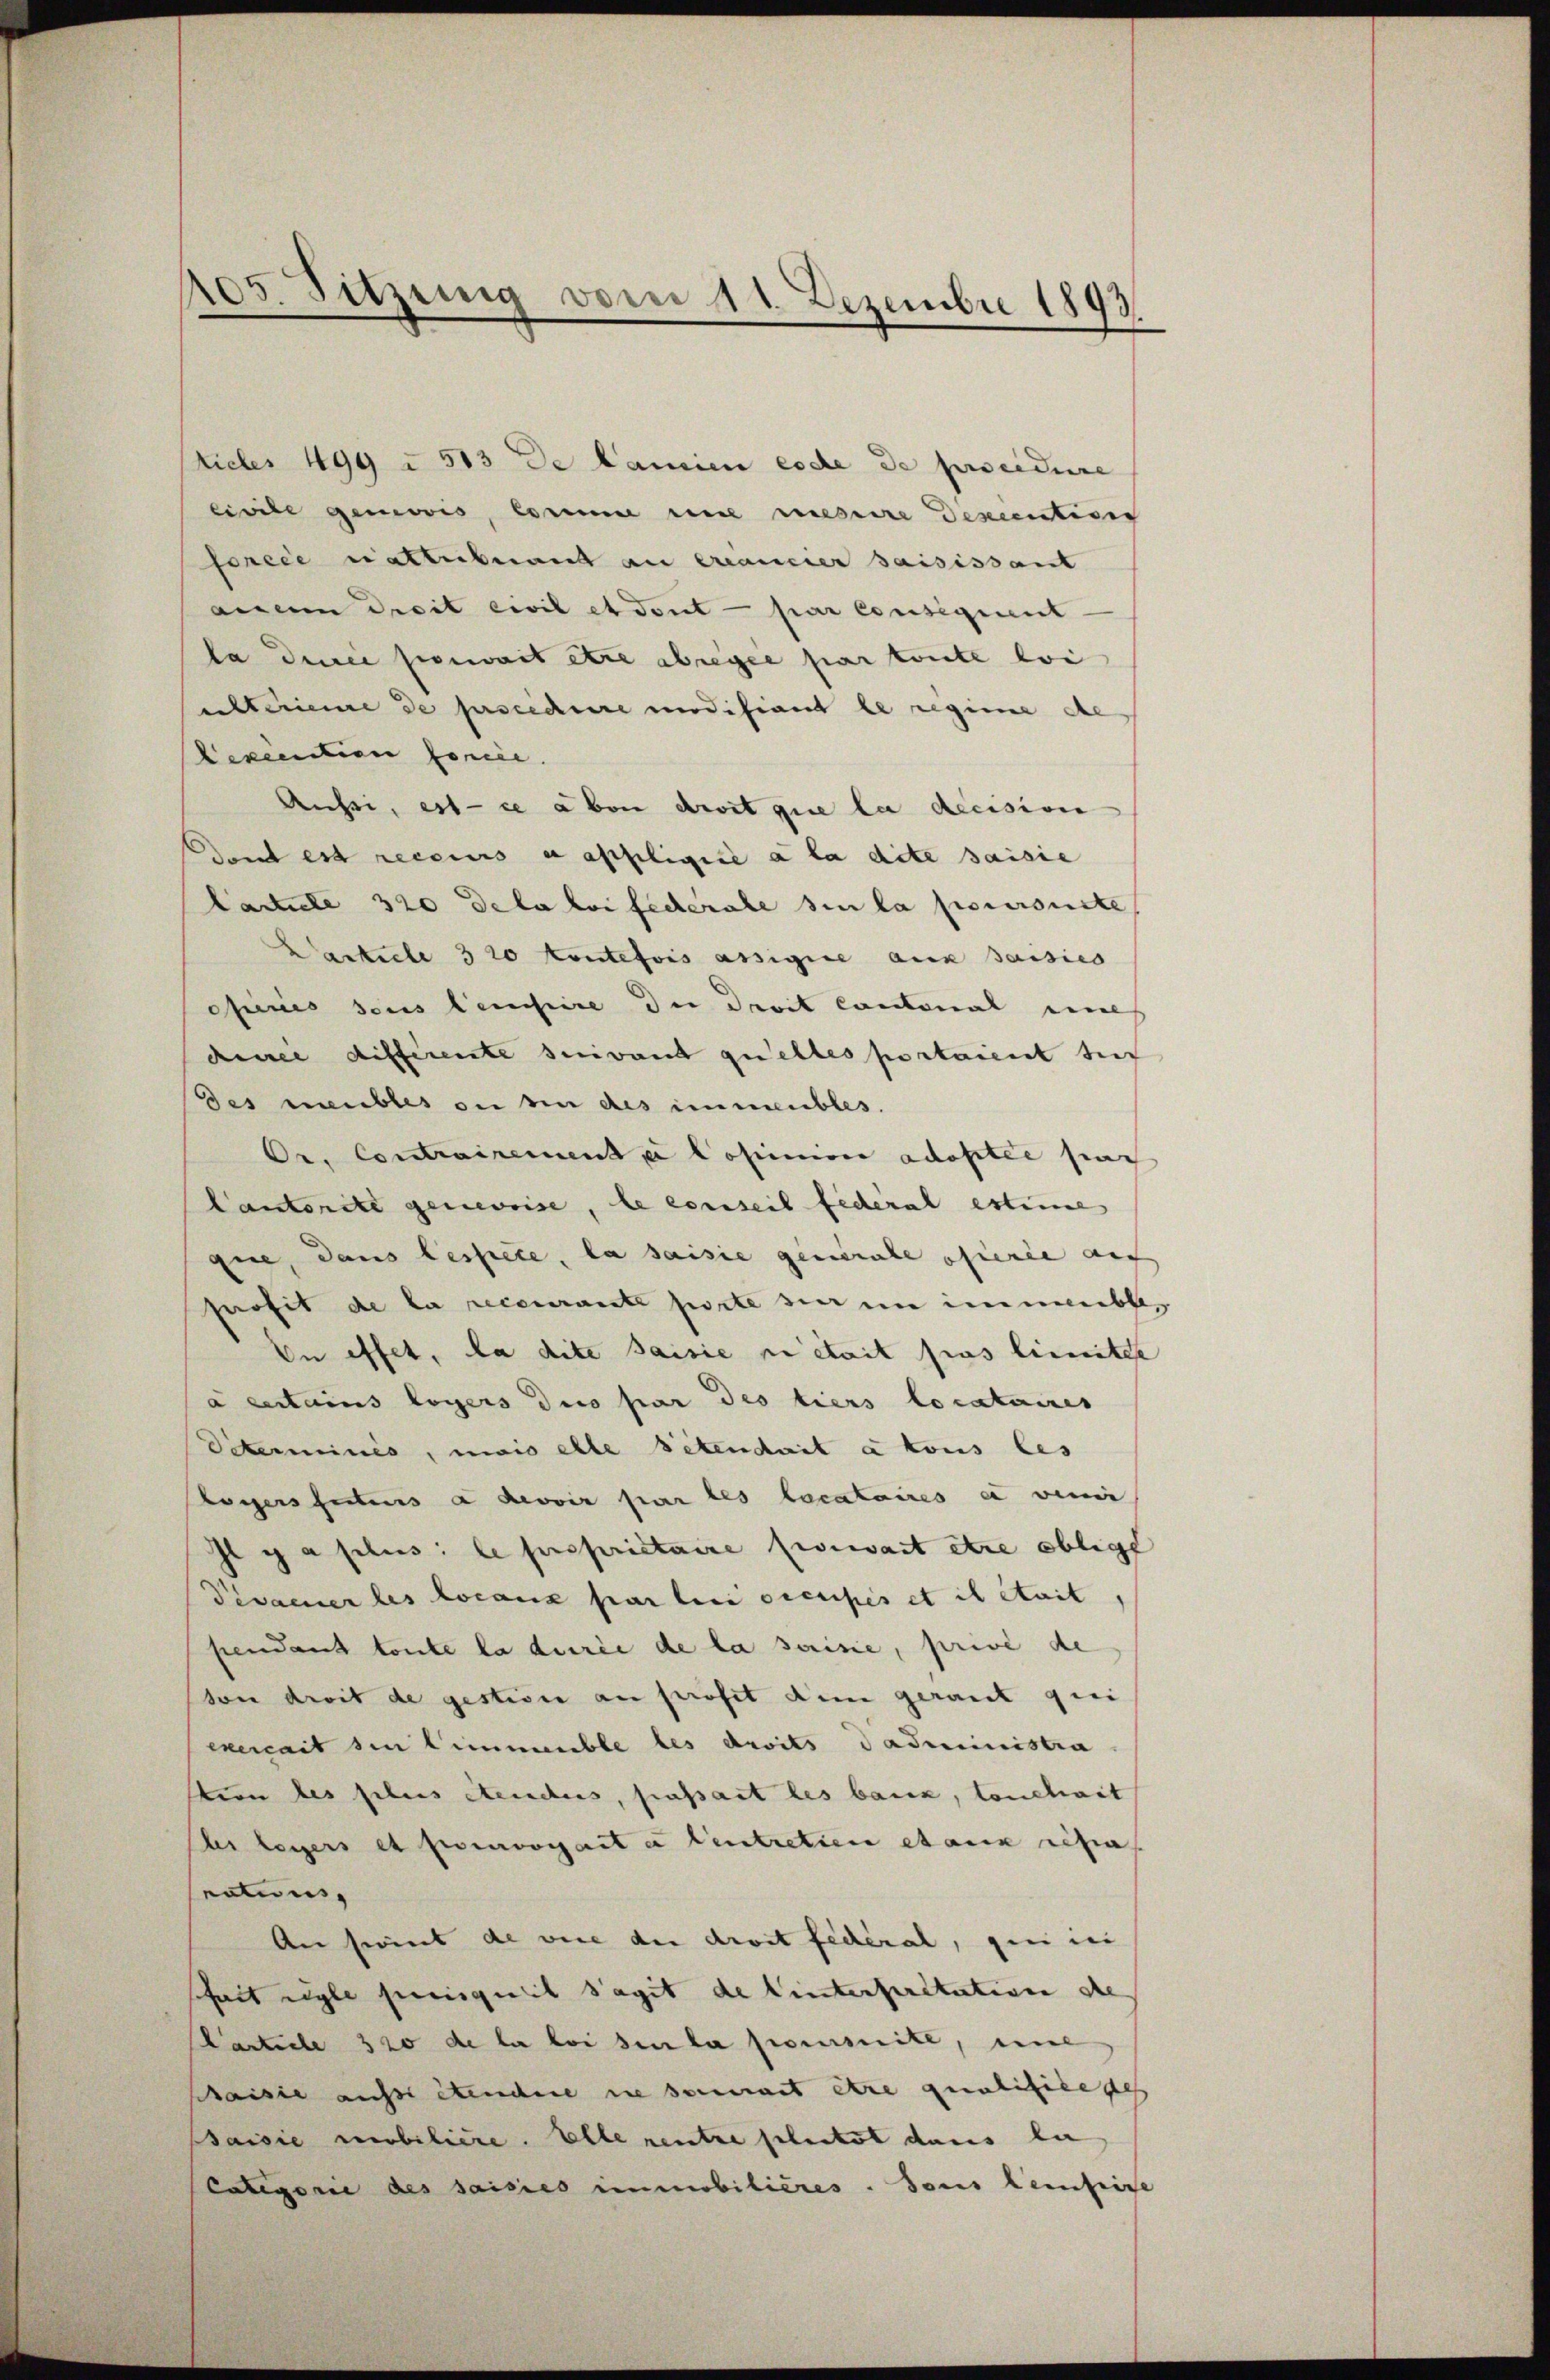
105. Juzung vom 11 Dezembre 1893

Siebes 499 u. 513 de Lamien code de procedure
Civile gemois, Corne in messire Dencentiver
forcie nattaband an erancier saisissant
aisen Dreit exil et dont par consequent
la die pouvait etc abregel par toute loi
ulterime de procedure modifiant le regime de
Lexecution force.
Aussi, est ce aber droit que la decision
dant est recours a appligiie à la dite saisie
Cacticle 320 Dela loi fecerabe sie la poursuite
Carticle 3 20 Koutefois assignie aus saisies
operies sous lempire die droit contonal mal
dinee différente suivant quelles portaient sic
des meubles ou bin des immeubles.
Or. Contrairement ei Cosenior adoptée par
Cantorite genevise, le conseil federal estime
que, dans lessiere, la saisie generale offerie auf
profit de la recourante porte sie im immeuble,
En effet, da dite saisie ni était pas limitee
à certains loyers dus par des tiers locataires
Peterminés, mais elle Petendait à tous les
Royers futurs à devoir par les locataires à venir
Il y a plus le propriétaire poewart etce oblige
Pesaener les locanz par bei occupés et il était,
pendant toute la durée de la saisie, privé de
son droit de gestive an profit dem gerant qui
exercait den Limmeuble les droits dadministra
tion des sehens stechens, hasart les bank, touchart
les legers et pourrogarte Centretien etas resia
nations
An seint de vice der droit fédéral, gen in
sheit regle prisquit sagit de lintersitation de
Carticle 320 de la loi den la sommite, une
schaisie aufs stenchere sie samment être qualifice des
Bsaisie mobiliere. Elle rentre pleitet dans la
Categorie des saisies immobilières. sous leifrige